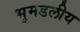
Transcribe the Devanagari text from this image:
भूमडलीय